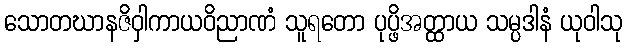
သောတဃာနဇိဝှါကာယဝိညာဏံ သူရတော ပုပ္ဖိအတ္ထာယ သမ္ပဒါနံ ယုဝါသု